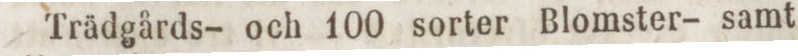
Trädgårds- och 100 sorter Blomster- samt